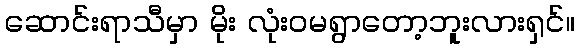
ဆောင်းရာသီမှာ မိုး လုံးဝမရွာတော့ဘူးလားရှင်။